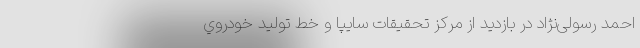
احمد رسولی‌نژاد در بازديد از مركز تحقيقات سايپا و خط توليد خودروي